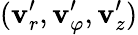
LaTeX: (\mathbf{v}_{r}^{\prime},\mathbf{v}_{\varphi}^{\prime},\mathbf{v}_{z}^{\prime})